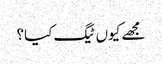
مجھے کیوں ٹیگ کیا؟